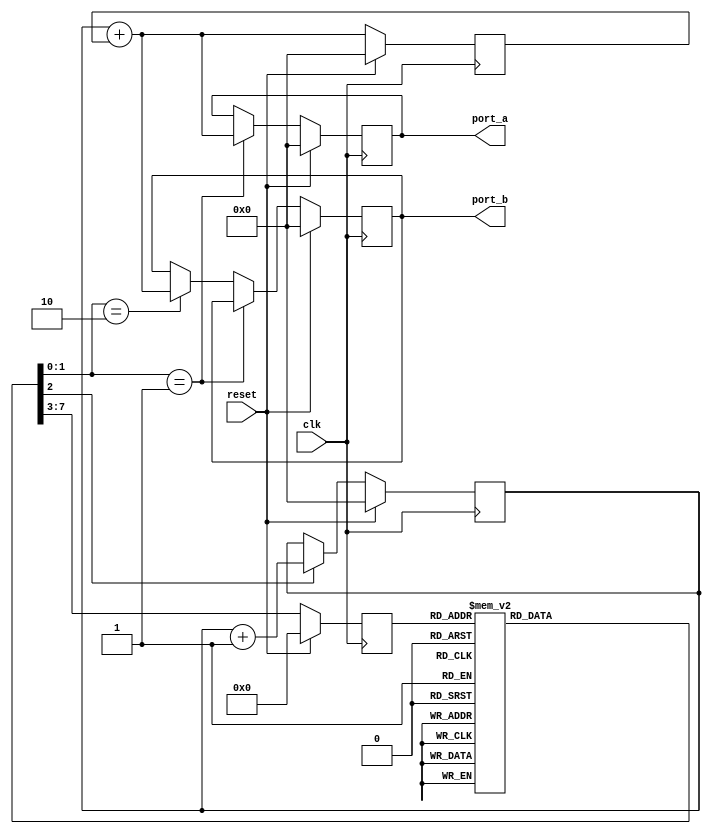
module counter_ports (
    input clk,
    input reset,
    output [9:0] port_a,
    output [9:0] port_b
);
    parameter STATE_PORT_NONE = 2'b00;
    parameter STATE_PORT_A = 2'b01;
    parameter STATE_PORT_B = 2'b10;

    reg [4:0] ps, ns;
    reg [1:0] port_select;
    reg cnt;
    reg [9:0] __port_a, __port_b, counter, buffer;
    wire [9:0] sum;

    always @(posedge clk) begin
        if (reset) ps <= 0;
        else ps <= ns;
    end

    /* Counter part
     */

    always @(posedge clk) begin
        if (reset) counter <= 0;
        else if (cnt) counter <= counter + 1;
    end

    /* Adder part
     */

    assign sum = counter + buffer;

    /* Buffer part - Added with the counter
     */

    always @(posedge clk) begin
        if (reset) buffer <= 0;
        else buffer <= sum;
    end

    /* Controller part
     */

    always @(*) begin
        /* set the default of cnt at 1 for reducing the case statements */
        cnt = 1;
        ns = 0;
        port_select = STATE_PORT_NONE;
        case (ps)
        0: ns = 1;
        1: ns = 2;
        2: ns = 3;
        3: ns = 4;
        4: ns = 5;
        5: ns = 6;
        6: ns = 7;
        7: ns = 8;
        8: ns = 9;
        9: ns = 10;
        10: begin
            /* sum access the port A */
            port_select = STATE_PORT_A; 
            ns = 11;
        end
        11: ns = 12;
        12: ns = 13;
        13: ns = 14;
        14: ns = 15;
        15: ns = 16;
        16: ns = 17;
        17: ns = 18;
        18: ns = 19;
        19: ns = 20;
        20: begin
            /* sum access the port B */
            port_select = STATE_PORT_B;
            ns = 21;            
        end 
        21: begin
            /* Stop statement */
            cnt = 0;
            ns = 21;
        end
        endcase
    end

    /* Ports part
     */

    always @(posedge clk) begin
        if (reset) begin
            __port_a <= 0;
            __port_b <= 0;            
        end
        else if (port_select == STATE_PORT_A) __port_a <= sum;
        else if (port_select == STATE_PORT_B) __port_b <= sum;
    end

    assign port_a = __port_a;
    assign port_b = __port_b;

endmodule